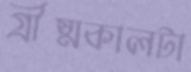
গ্রীষ্মকালটা